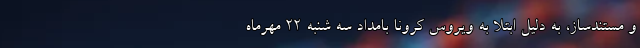
و مستندساز، به دلیل ابتلا به ویروس کرونا بامداد سه شنبه ۲۲ مهرماه